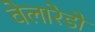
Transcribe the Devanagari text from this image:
वेलारेडो